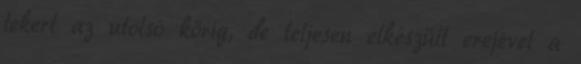
tekert az utolsó körig, de teljesen elkészült erejével a